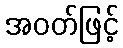
အဝတ်ဖြင့်